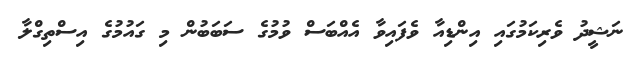
ނަޝީދު ވެރިކަމުގައި އިންޑިއާ ވެފައިވާ އެއްބަސް ވުމުގެ ސަބަބުން މި ގައުމުގެ އިސްތިގްލާ